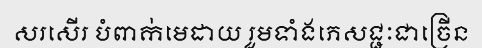
សរសើរ បំពាក់មេដាយ រួមទាំងភេសជ្ជៈជាច្រើន